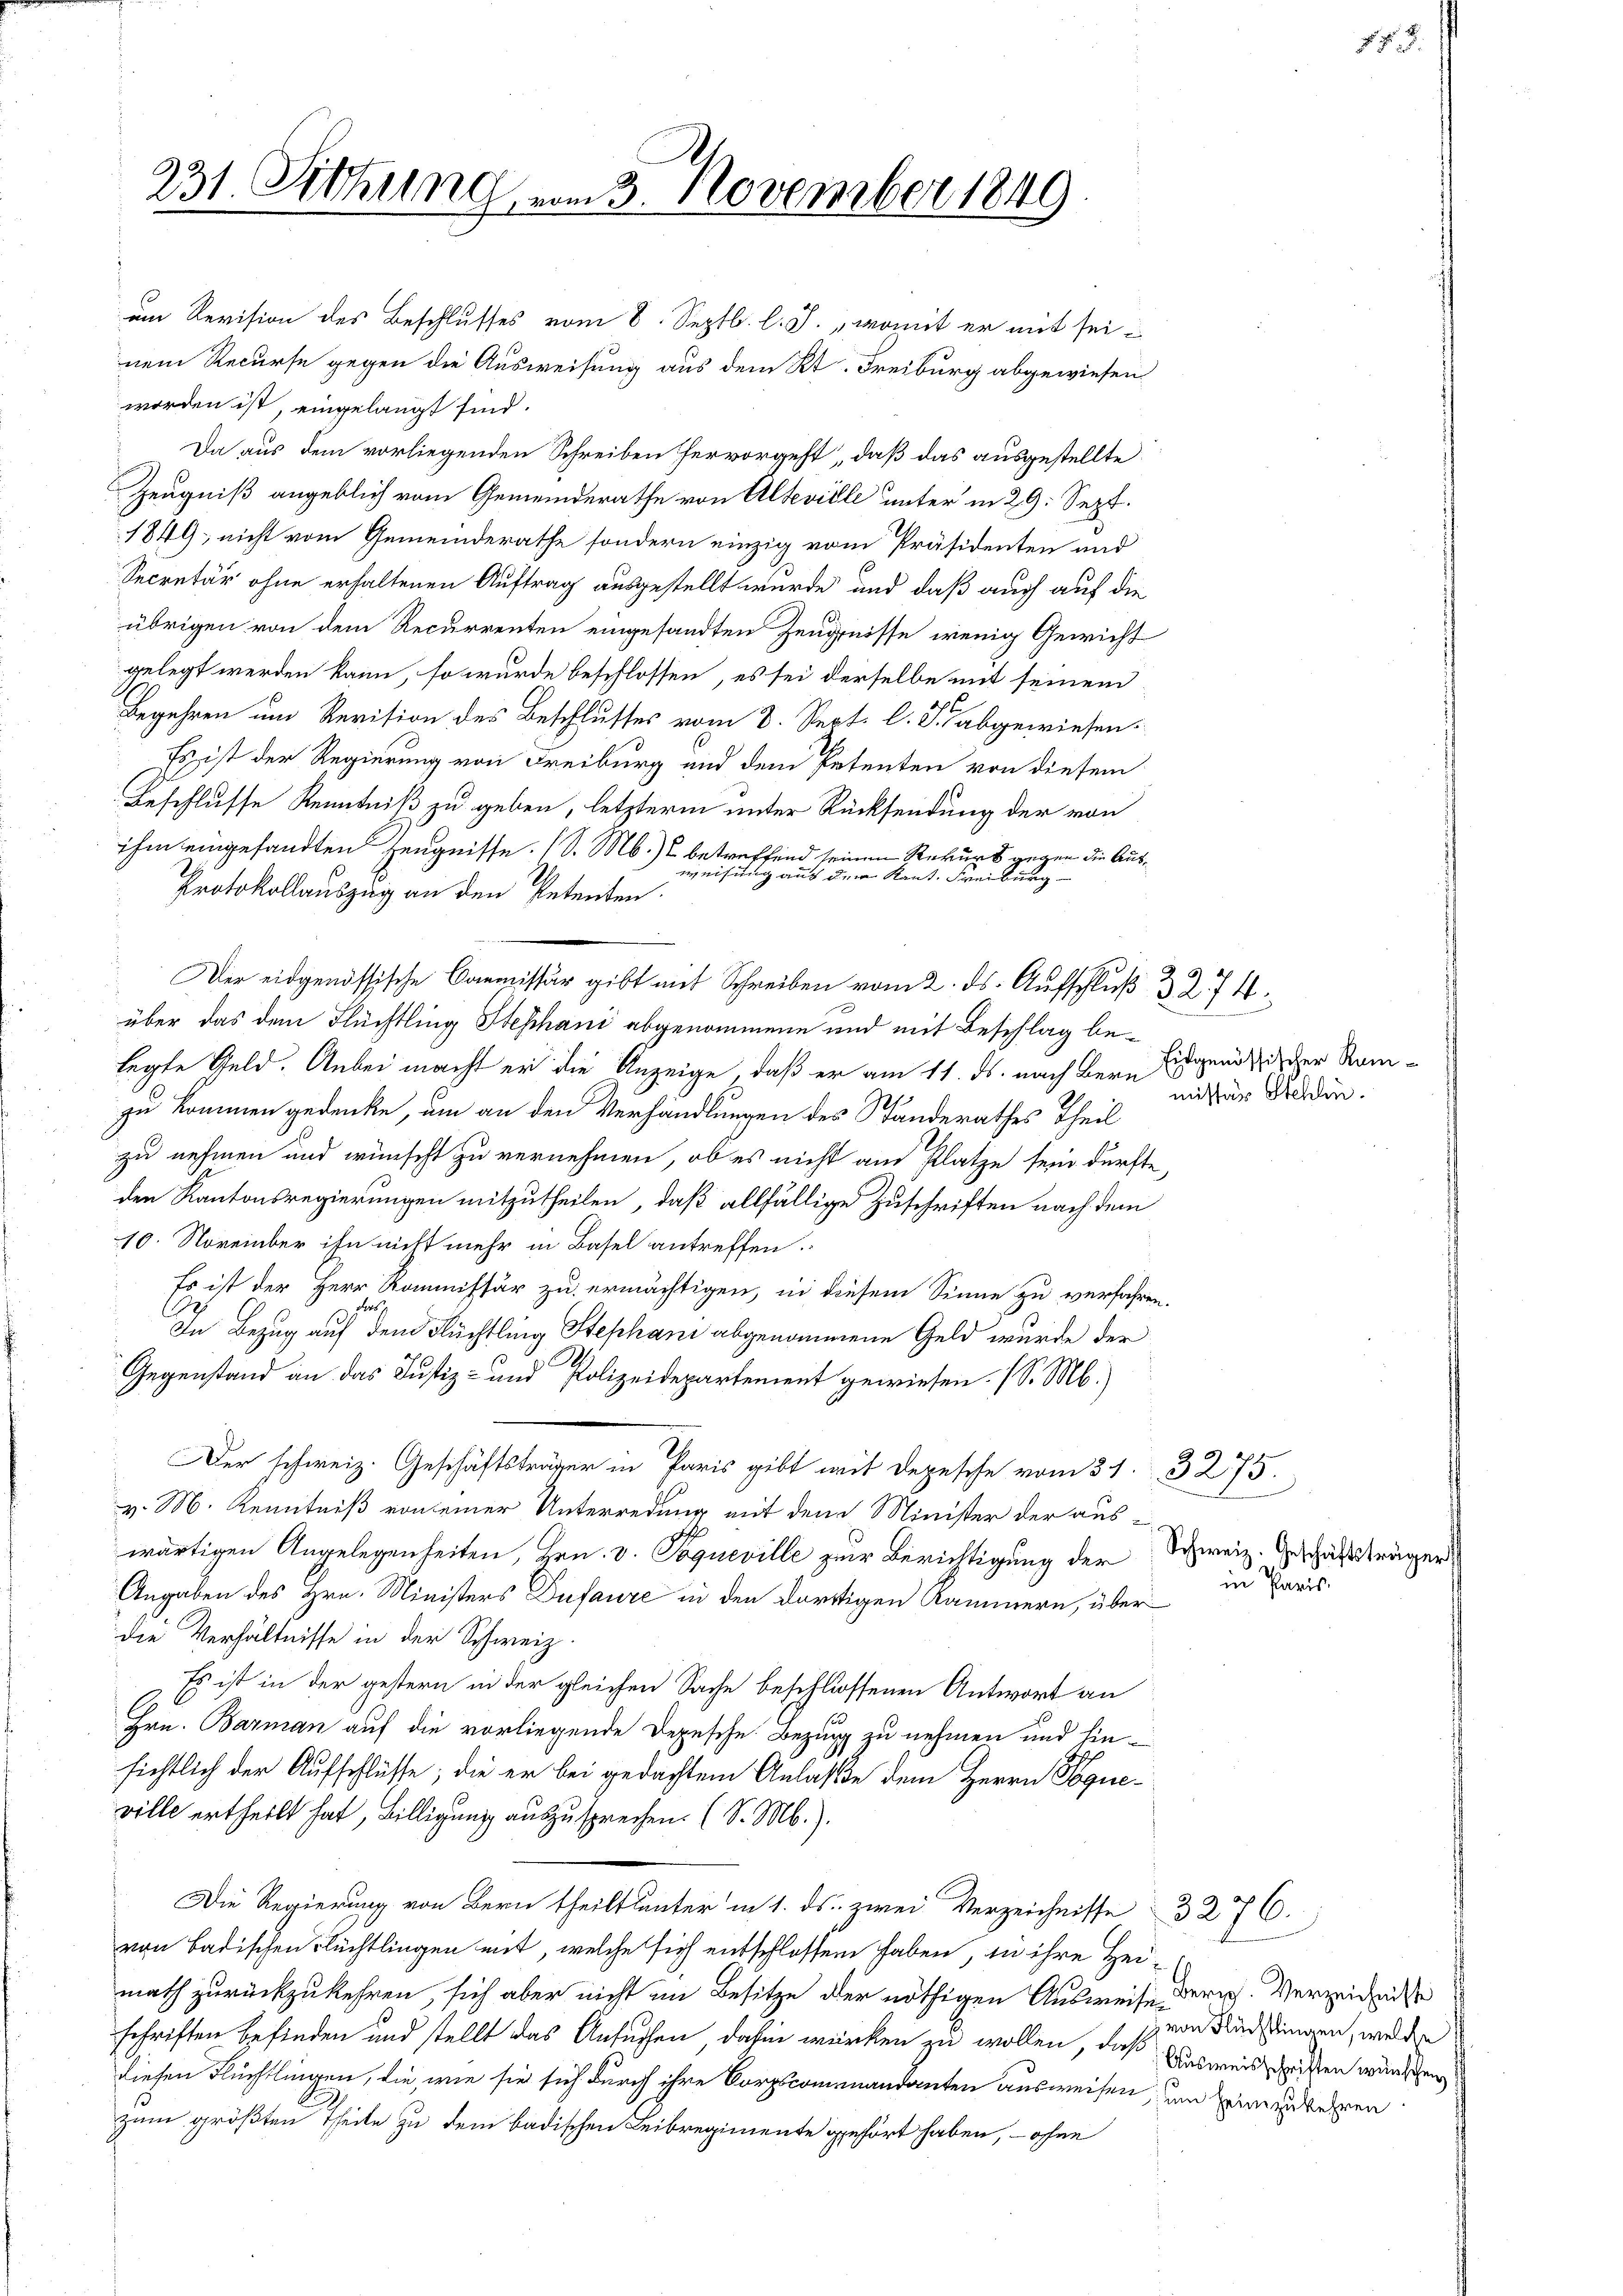
231. Sitzung vom 3. November 1849

um Revision des Beschlusses vom 8. Septb. l. J., womit er mit seinem Recurse gegen die Ausweisung aus dem Kt. Freiburg abgewiesen
worden ist, eingelangt sind.
Da aus dem vorliegenden Schreiben hervorgeht, daß das ausgestellte
Zeugniß angeblich vom Gemeinderathe von Alteville unter in 29. Sept.
1849; nicht vom Gemeinderathe sondern einzig vom Präsidenten und
Secretär ohne erhaltenen Auftrag ausgestellt wurde und daß auch auf die
übrigen von dem Recurrenten eingesandten Zeugnisse wenig Gewicht
gelegt werden kann, so wurde beschlossen, es sei derselbe mit seinem
ht
Begehren um Revision des Beschlusses vom 8. Sept. l. J. abgewiesen.
Es ist der Regierung von Freiburg und dem Petenten von diesem
Beschlusse Kenntniß zu geben, letzterm unter Rücksendung der von
ihm eingesandten Zeugnisse. (S. M.) betreffend seinen Rekurs gegen die Ausumeistung auf dem Kant. Freiburg
Protokollauszug an den Petenten.
Der eidgenössische Commissär gibt mit Schreiben vom 2. ds. Aufschluß 32. 74.
über das dem Flüchtling Stephani abgenommene und mit Beschlag belegte Geld. Anbei macht er die Anzeige, daß er am 11. ds. nach Bern
zu kommen gedenke, um an den Verhandlungen des Standerathes Theil
zu nehmen und wünscht zu vernehmen, ob es nicht am Platze sein dürfte,
den Kantonsregierungen mitzutheilen, daß allfällige Zuschriften nach dem
10. November ihn nicht mehr in Basel antreffen.
Es ist der Herr Kommissär zu ermächtigen, in diesem Sinne zu verfahren.
Pers
12
In Bezug auf den Flüchtling Stephani abgenommene Geld wurde der
Gegenstand an das Justiz- und Polizeidepartement gewiesen. (S. M.)
Der schweiz. Geschäftsträger in Paris gibt mit Depesche vom 31. 3275.
v. M. Kenntniß von einer Unterredung mit dem Minister der auswärtigen Angelegenheiten, Hrn. v. Poqueville zur Berichtigung der
Angaben des Hrn. Ministers Dufaure in den dortigen Kammern, über
die Verhältnisse in der Schweiz.
Es ist in der gestern in der gleichen Sache beschlossenen Antwort an
Hrn. Barman auf die vorliegende Depesche Bezug zu nehmen und hin-
sichtlich der Aufschlüsse; die er bei gedachtem Anlaße dem Herrn Poqueville ertheilt hat, Billigung auszusprechen. (S. M.).
Die Regierung von Bern theilt unter in 1. ds. zwei Verzeichnisse 327.
von Badischen Flüchtlingen mit, welche sich entschlossen haben, in ihre Heimath zurückzukehren, sich aber nicht im Besitze der nöthigen Ausweise derig. Verzeichnisse
schriften befinden und stellt das Ansuchen, dahin würken zu wollen, daß Ausweil heissen wünschen
diesen Flüchtlingen, die, wie sie sich durch ihre Corpscommandanten ausweisen, um sein zukehren
zum größten Theile zu dem badischen Leibregimente gehört haben, - ohne

Eidgenössischer Rommissär Stehlin.

Schweiz. Geschäftsträger
in Paris.

8 f.

von Flüchtlingen, welche